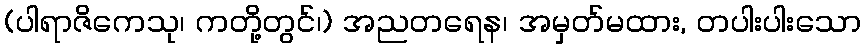
(ပါရာဇိကေသု၊ ကတို့တွင်၊) အညတရေန၊ အမှတ်မထား, တပါးပါးသော